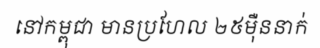
នៅកម្ពុជា មានប្រហែល ២៥ម៉ឺននាក់